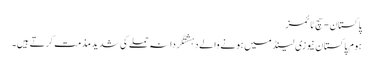
پاکستان - سچ ٹائمز
ہوم پاکستان نیوزی لینڈ میں ہونے والے دہشتگردانہ حملے کی شدید مذمت کرتے ہیں۔